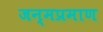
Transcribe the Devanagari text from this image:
जन्मप्रमाण